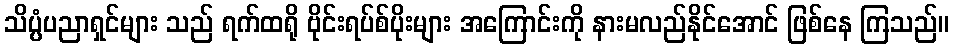
သိပ္ပံပညာရှင်များ သည် ရက်ထရို ဗိုင်းရပ်စ်ပိုးများ အကြောင်းကို နားမလည်နိုင်အောင် ဖြစ်နေ ကြသည်။